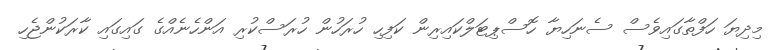
މިދިޔަ ހަފްތާގައިވެސް ސެނަހިޔާ ހޮސްޕިޓަލްކައިރިން ކަފިހި ހުރަހުން ހުރަސްކުރި އަންހެނެއްގެ ގައިގައި ކާރަކުންޖެހި